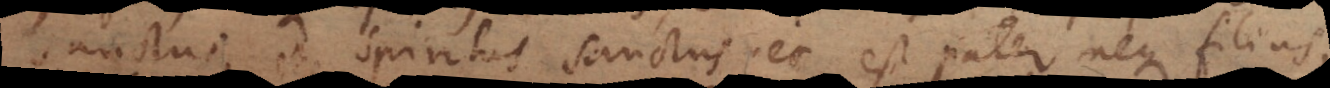
Sanctus, et Spiritus Sanctus nec est pater neque filius